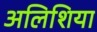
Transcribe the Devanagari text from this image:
अलिशिया